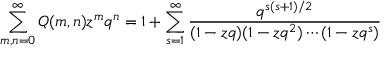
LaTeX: \sum _ { m , n = 0 } ^ { \infty } Q ( m , n ) z ^ { m } q ^ { n } = 1 + \sum _ { s = 1 } ^ { \infty } { \frac { q ^ { s ( s + 1 ) / 2 } } { ( 1 - z q ) ( 1 - z q ^ { 2 } ) \cdots ( 1 - z q ^ { s } ) } }